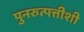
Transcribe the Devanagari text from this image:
पुनरुत्पत्तीशी